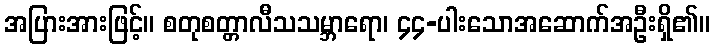
အပြားအားဖြင့်။ စတုစတ္တာလီသသမ္ဘာရော၊ ၄၄-ပါးသောအဆောက်အဦးရှိ၏။